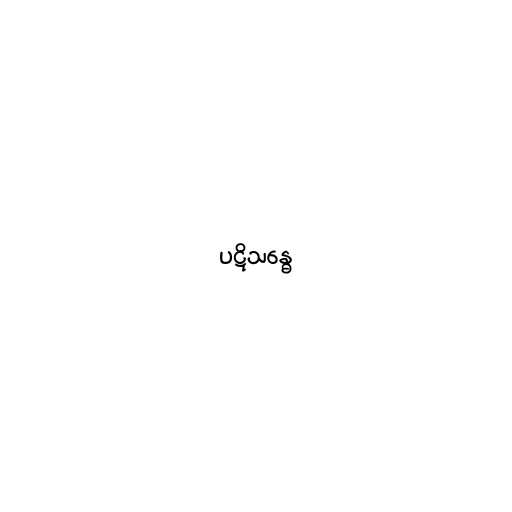
ပဋိသန္ဓေ